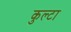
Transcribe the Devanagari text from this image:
कुल्टा